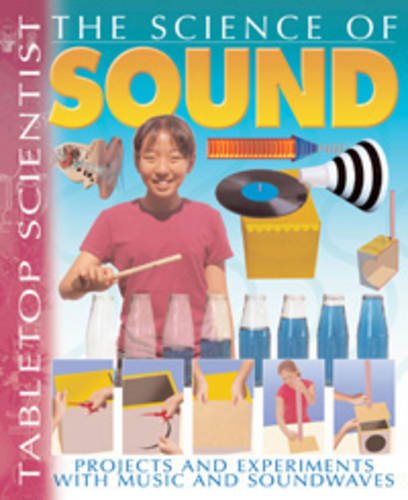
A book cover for Sound (Tabletop Scientist) (Tabletop Scientist); Steve Parker; Children's Books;